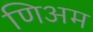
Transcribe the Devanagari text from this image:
णिअम